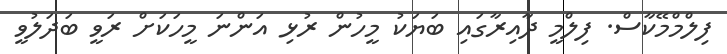
ފިލްމްމޭކާސް. ފިލްމީ ދާއިރާގައި ބަޔަކު މީހުން ރުޅި އަންނަ މީހަކަށް ރަވީ ބަދަލުވީ